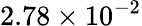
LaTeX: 2.78\times 10^{-2}